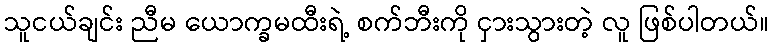
သူငယ်ချင်း ညီမ ယောက္ခမထီးရဲ့ စက်ဘီးကို ငှားသွားတဲ့ လူ ဖြစ်ပါတယ်။